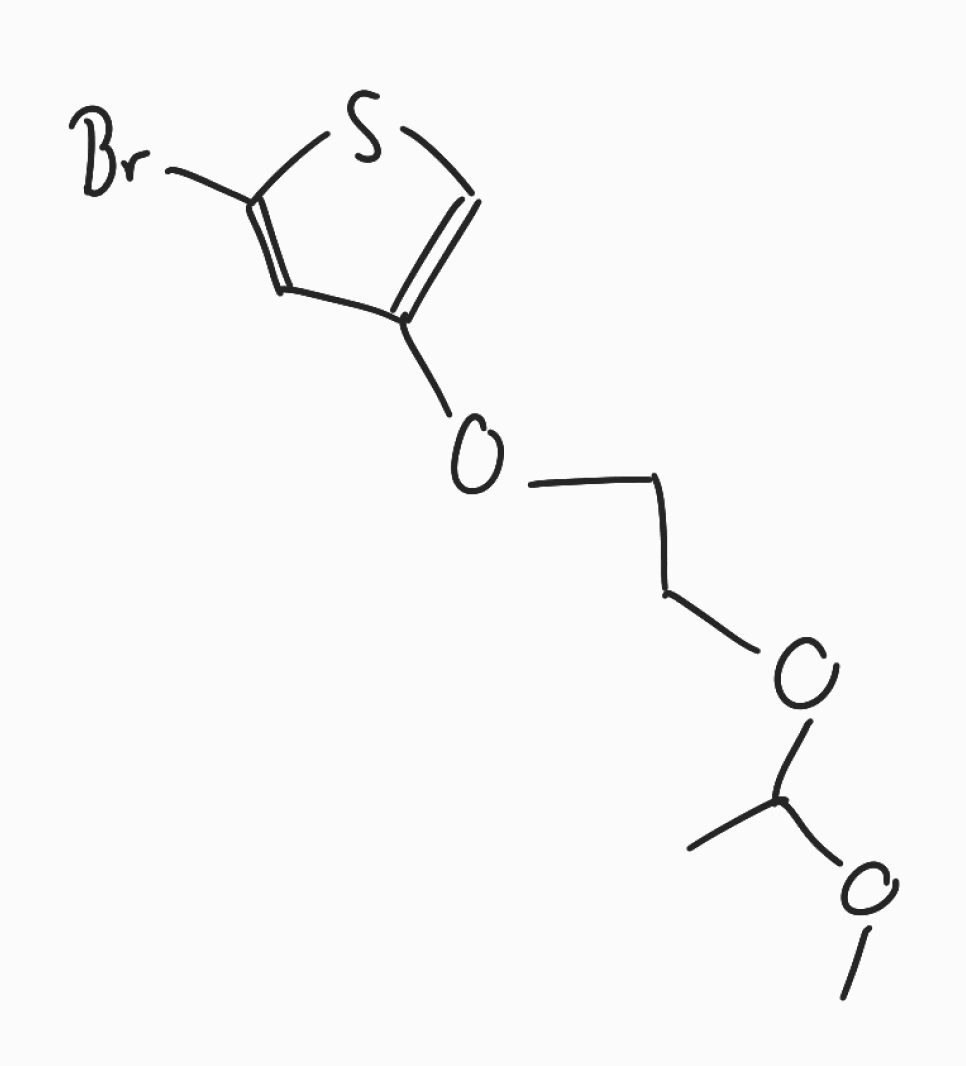
Simplified molecular-input line-entry system (SMILES) notation of the given molecule:
CC(OC)OCCOC1=CSC(=C1)Br